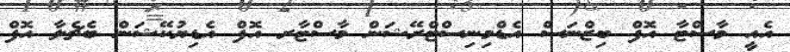
އެއީ މާސްޓާ އޮފް ބިޒްނަސް އެޑްމިނިސްޓްރޭޝަން މާސްޓާރ އޮފް އެޑިޔުކޭޝަން ބެޗެލާ އޮފް